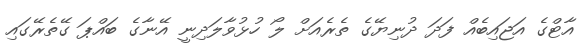
އާޓްގެ އަޖައިބެއް ފަދަ ދުނިޔޭގެ ތެރެއަށް ލޯ ހުޅުވާލަދިނީ އޭނާގެ ބައްޕަ ގޭތެރޭގައި